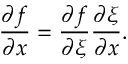
\frac { \partial f } { \partial x } = \frac { \partial f } { \partial \xi } \frac { \partial \xi } { \partial x } .